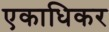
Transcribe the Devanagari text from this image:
एकाधिकर